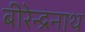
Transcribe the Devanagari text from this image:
बीरेन्द्रनाथ